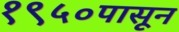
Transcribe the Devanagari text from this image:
१९५०पासून